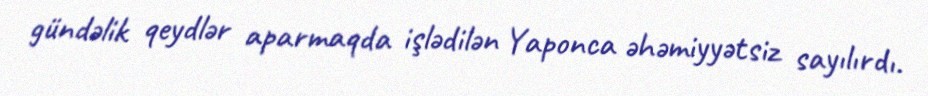
gündəlik qeydlər aparmaqda işlədilən Yaponca əhəmiyyətsiz sayılırdı.